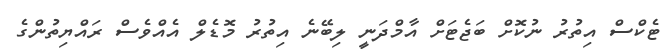
ޓެކްސް އިތުރު ނުކޮށް ބަޖެޓަށް އާމްދަނީ ލިބޭނެ އިތުރު މޮޑެލް އެއްވެސް ރައްޔިތުންގެ